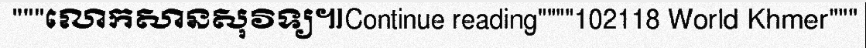
"""លោកសានសុវិទ្យ៕Continue reading""""102118 World Khmer"""